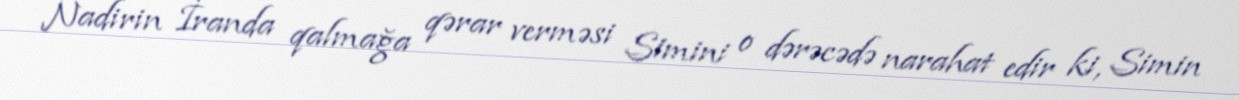
Nadirin İranda qalmağa qərar verməsi Simini o dərəcədə narahat edir ki, Simin